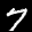
Label: 7